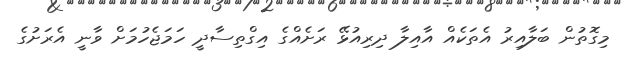
މިގޮތުން ބަލާއިރު އެތަކެއް އާއިލާ ދިރިއުޅޭ ރަށެއްގެ އިގްތިސާދީ ހަމަޖެހުމަށް ވާނީ އެރަށުގެ